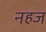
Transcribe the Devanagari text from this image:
नहज